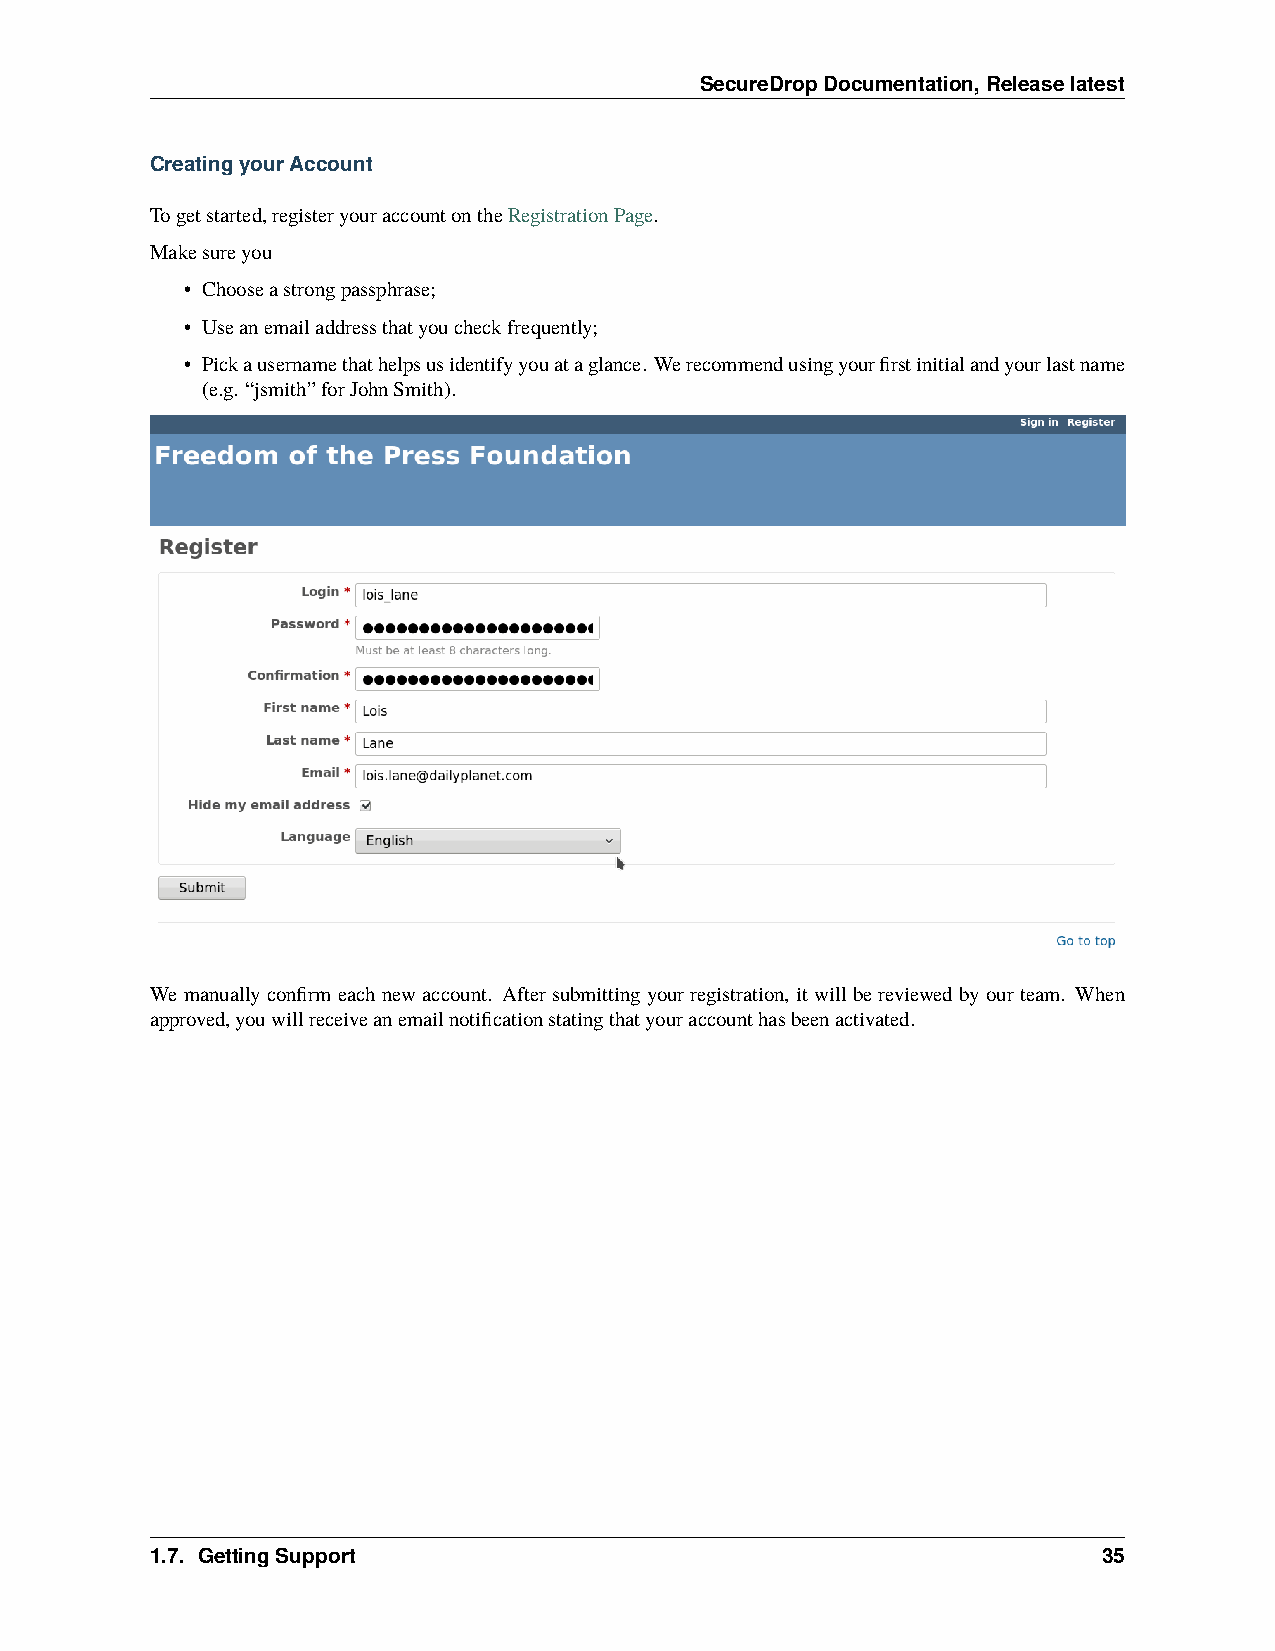
SecureDropDocumentation,Releaselatest
 CreatingyourAccount
 Togetstarted,registeryouraccountontheRegistrationPage.
 Makesureyou
 • Chooseastrongpassphrase;
 • Useanemailaddressthatyoucheckfrequently;
 • Pickausernamethathelpsusidentifyyouataglance. Werecommendusingyourfirstinitialandyourlastname
 (e.g. “jsmith”forJohnSmith).
 We manually confirm each new account. After submitting your registration, it will be reviewed by our team. When
 approved,youwillreceiveanemailnotificationstatingthatyouraccounthasbeenactivated.
 1.7. GettingSupport                                            35